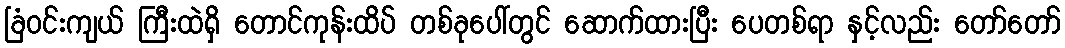
ခြံဝင်းကျယ် ကြီးထဲရှိ တောင်ကုန်းထိပ် တစ်ခုပေါ်တွင် ဆောက်ထားပြီး ပေတစ်ရာ နှင့်လည်း တော်တော်